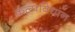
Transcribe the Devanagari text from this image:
कल्पविधान